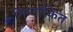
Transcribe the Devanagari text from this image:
निम्नांकिंत